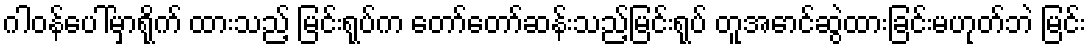
ဂါဝန်ပေါ်မှာရိုက် ထားသည့် မြင်းရုပ်က တော်တော်ဆန်းသည့်မြင်းရုပ် တူအောင်ဆွဲထားခြင်းမဟုတ်ဘဲ မြင်း